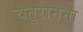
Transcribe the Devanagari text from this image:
चतुरानना